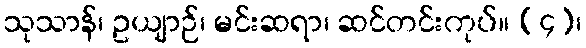
သုသာန်၊ ဥယျာဉ်၊ မင်းဆရာ၊ ဆင်တင်းကုပ်။ (၄)၊